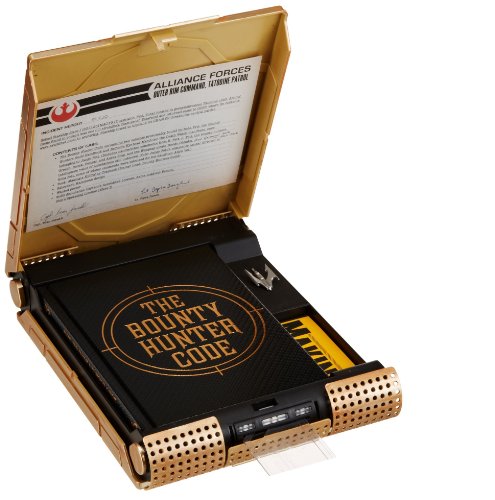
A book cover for The Bounty Hunter Code: From the Files of Boba Fett; Daniel Wallace; Science Fiction & Fantasy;